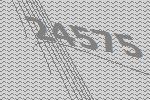
24575